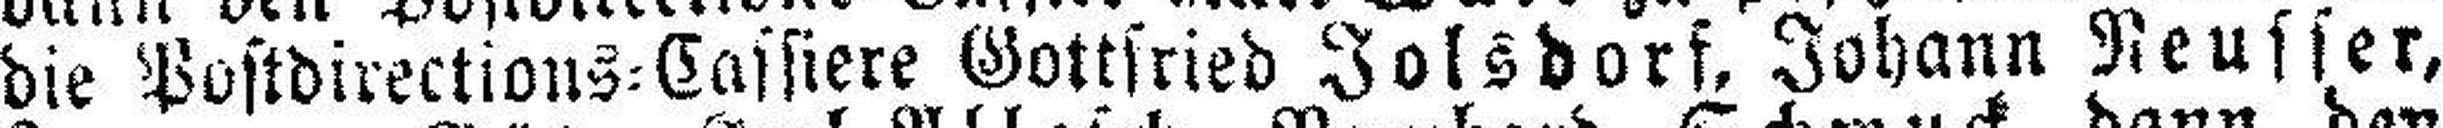
die Postdirections=Cassiere Gottfried Jolsdorf, Johann Neusser,